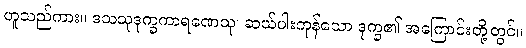
ဟူသည်ကား။ ဒသသုဒုက္ခကာရဏေသု၊ ဆယ်ပါးကုန်သော ဒုက္ခ၏ အကြောင်းတို့တွင်။